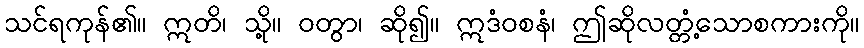
သင်ရကုန်၏။ ဣတိ၊ သို့။ ဝတွာ၊ ဆို၍။ ဣဒံဝစနံ၊ ဤဆိုလတ္တံ့သောစကားကို။